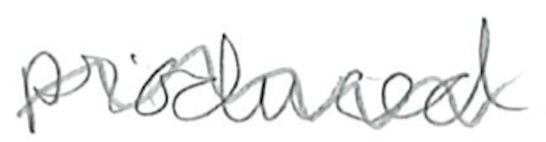
Text: produced
Cross-out: wave
Writing tool: pencil